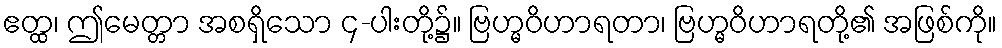
ဧတ္ထ၊ ဤမေတ္တာ အစရှိသော ၄-ပါးတို့၌။ ဗြဟ္မဝိဟာရတာ၊ ဗြဟ္မဝိဟာရတို့၏ အဖြစ်ကို။